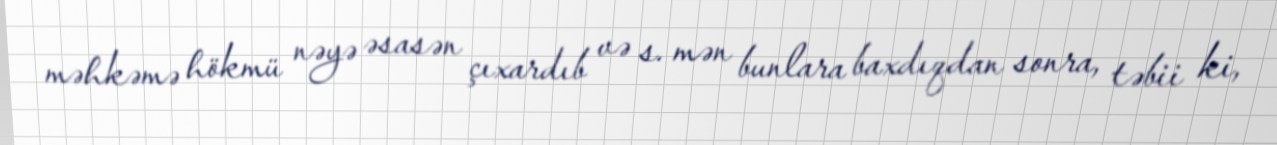
məhkəmə hökmü nəyə əsasən çıxardıb və s. mən bunlara baxdıqdan sonra, təbii ki,